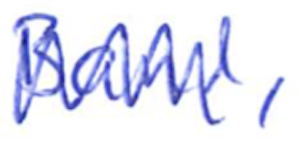
Text: Band,
Cross-out: zig-zag
Writing tool: ballpoint